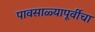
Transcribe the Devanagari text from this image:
पावसाळ्यापूर्वीचा